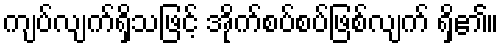
ကျပ်လျက်ရှိသဖြင့် အိုက်စပ်စပ်ဖြစ်လျက် ရှိ၏။